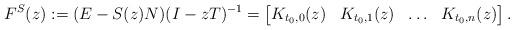
LaTeX: \begin{align*}F^S(z):=(E-S(z)N)(I-zT)^{-1}=\begin{bmatrix} K_{t_0,0}(z) & K_{t_0,1}(z)&\ldots & K_{t_0,n}(z)\end{bmatrix}. \end{align*}